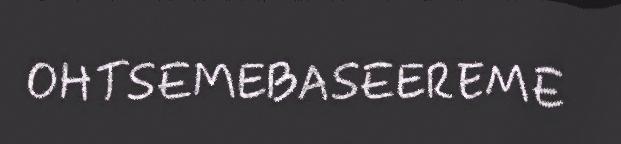
OHTSEMEBASEEREME